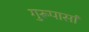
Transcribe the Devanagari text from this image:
गुरूपासां